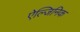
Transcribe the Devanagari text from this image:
ऐल्जिनिक